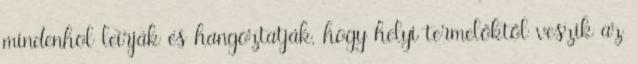
mindenhol leírják és hangoztatják, hogy helyi termelőktől veszik az